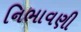
નિભાવણી